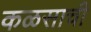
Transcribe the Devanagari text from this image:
कळसाची